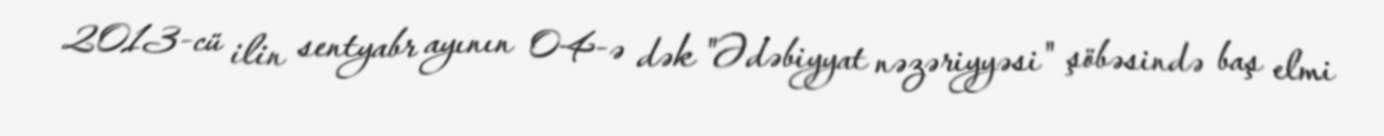
2013-cü ilin sentyabr ayının 04-ə dək "Ədəbiyyat nəzəriyyəsi" şöbəsində baş elmi